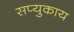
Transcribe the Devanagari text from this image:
सप्युकाय